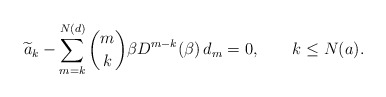
\begin{align*}\widetilde a_k - \sum_{m=k}^{N(d)} {m \choose k} \beta D^{m-k} (\beta)\,d_m= 0, \qquad k \le N(a). \end{align*}